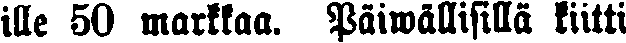
ille 50 markkaa. Päiwällisillä kiitti